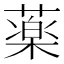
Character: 薬